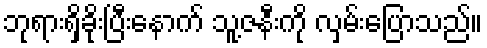
ဘုရားရှိခိုးပြီးနောက် သူ့ဇနီးကို လှမ်းပြောသည်။